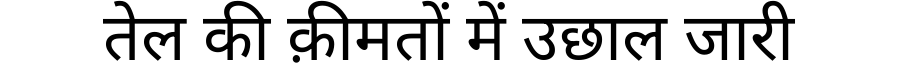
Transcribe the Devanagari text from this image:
तेल की क़ीमतों में उछाल जारी